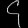
Digit: ၄